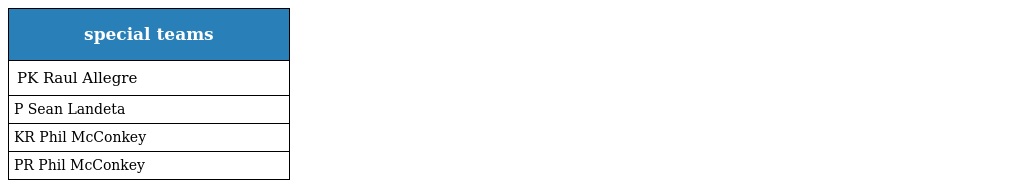
| special teams |
 | --- |
 | PK Raul Allegre |
 | P Sean Landeta |
 | KR Phil McConkey |
 | PR Phil McConkey |